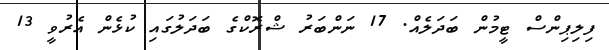
ފިލިޕިންސް ޓީމުން ބަދަލެއް. 17 ނަންބަރު ޝްރޮކްގެ ބަދަލުގައި ކުޅެން އެރުވީ 13